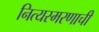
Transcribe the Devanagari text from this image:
नित्यस्मरणाची